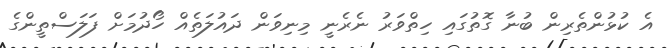
އެ ކުޅުންތެރިން ބުނާ ގޮތުގައި ހިތްވަރު ނެރެނީ މިނިވަން ދައުލަތެއް ހޯދުމަށް ފަލަސްތީންގެ